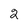
Character: 2